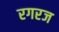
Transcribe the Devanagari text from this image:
रगरज